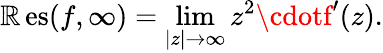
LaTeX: \operatorname{\mathbb{R}es}(f,\infty)=\operatorname*{lim}_{|z|\to\infty}z^{2}\cdotf^{\prime}(z).